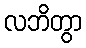
လဘိတွာ